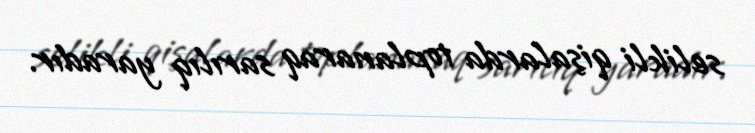
selikli qişalarda toplanaraq sarılıq yaradır.